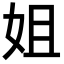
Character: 姐